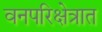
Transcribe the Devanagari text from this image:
वनपरिक्षेत्रात